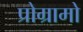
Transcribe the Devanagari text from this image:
प्रोग्रामो